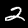
Label: 2